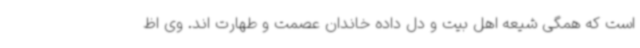
است که همگی شیعه اهل بیت و دل داده خاندان عصمت و طهارت اند. وی اظ